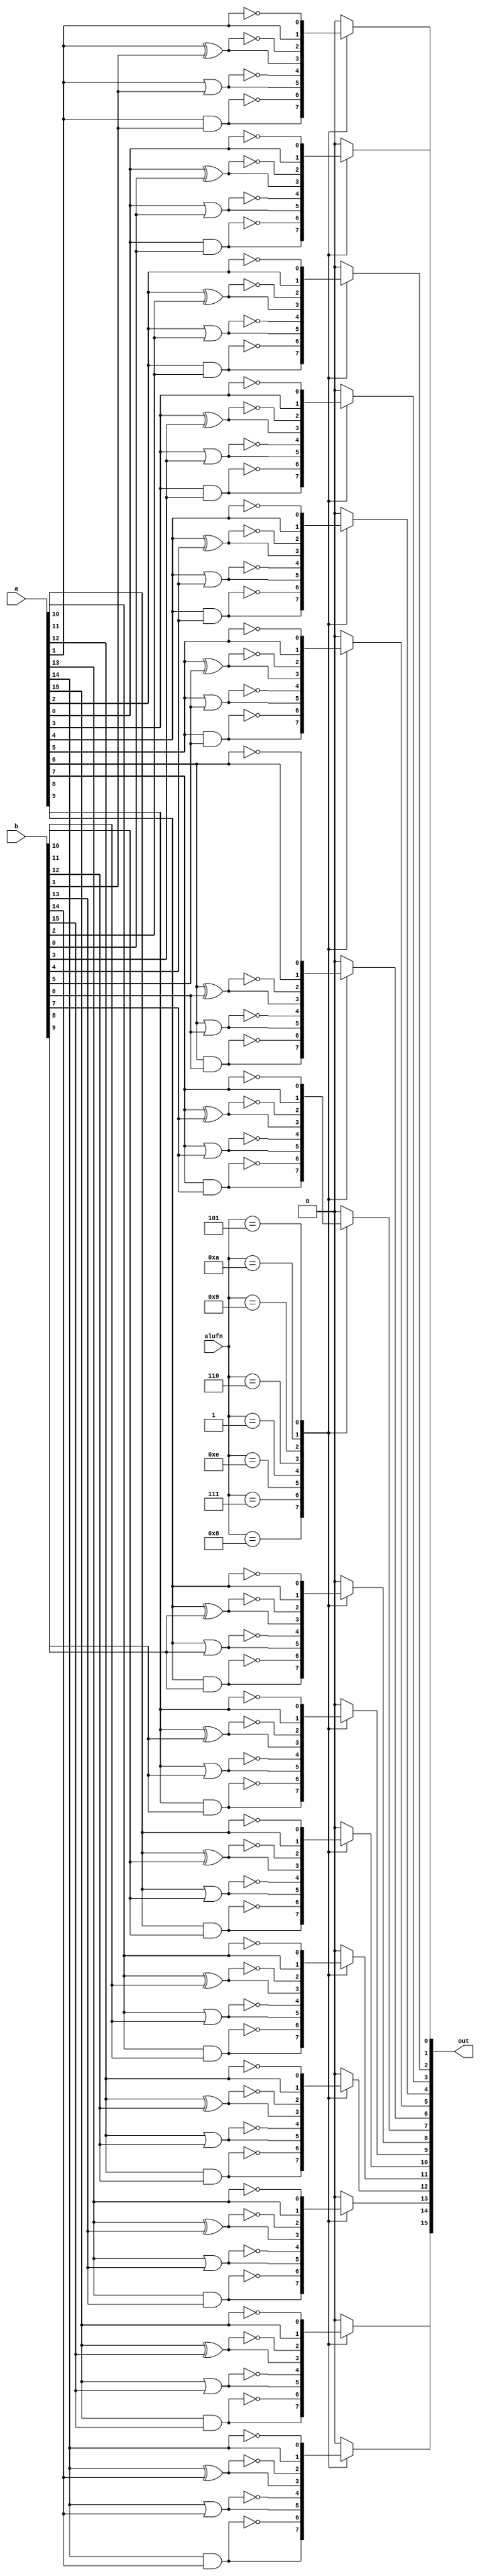
/*
   This file was generated automatically by the Mojo IDE version B1.3.6.
   Do not edit this file directly. Instead edit the original Lucid source.
   This is a temporary file and any changes made to it will be destroyed.
*/

module boolean_5 (
    input [3:0] alufn,
    input [15:0] a,
    input [15:0] b,
    output reg [15:0] out
  );
  
  
  
  integer i;
  
  always @* begin
    out = 16'h0000;
    for (i = 1'h0; i < 5'h10; i = i + 1) begin
      
      case (alufn[0+3-:4])
        4'h8: begin
          out[(i)*1+0-:1] = a[(i)*1+0-:1] & b[(i)*1+0-:1];
        end
        4'h7: begin
          out[(i)*1+0-:1] = ~(a[(i)*1+0-:1] & b[(i)*1+0-:1]);
        end
        4'he: begin
          out[(i)*1+0-:1] = a[(i)*1+0-:1] | b[(i)*1+0-:1];
        end
        4'h1: begin
          out[(i)*1+0-:1] = ~(a[(i)*1+0-:1] | b[(i)*1+0-:1]);
        end
        4'h6: begin
          out[(i)*1+0-:1] = a[(i)*1+0-:1] ^ b[(i)*1+0-:1];
        end
        4'h9: begin
          out[(i)*1+0-:1] = ~(a[(i)*1+0-:1] ^ b[(i)*1+0-:1]);
        end
        4'ha: begin
          out[(i)*1+0-:1] = a[(i)*1+0-:1];
        end
        4'h5: begin
          out[(i)*1+0-:1] = ~a[(i)*1+0-:1];
        end
      endcase
    end
  end
endmodule